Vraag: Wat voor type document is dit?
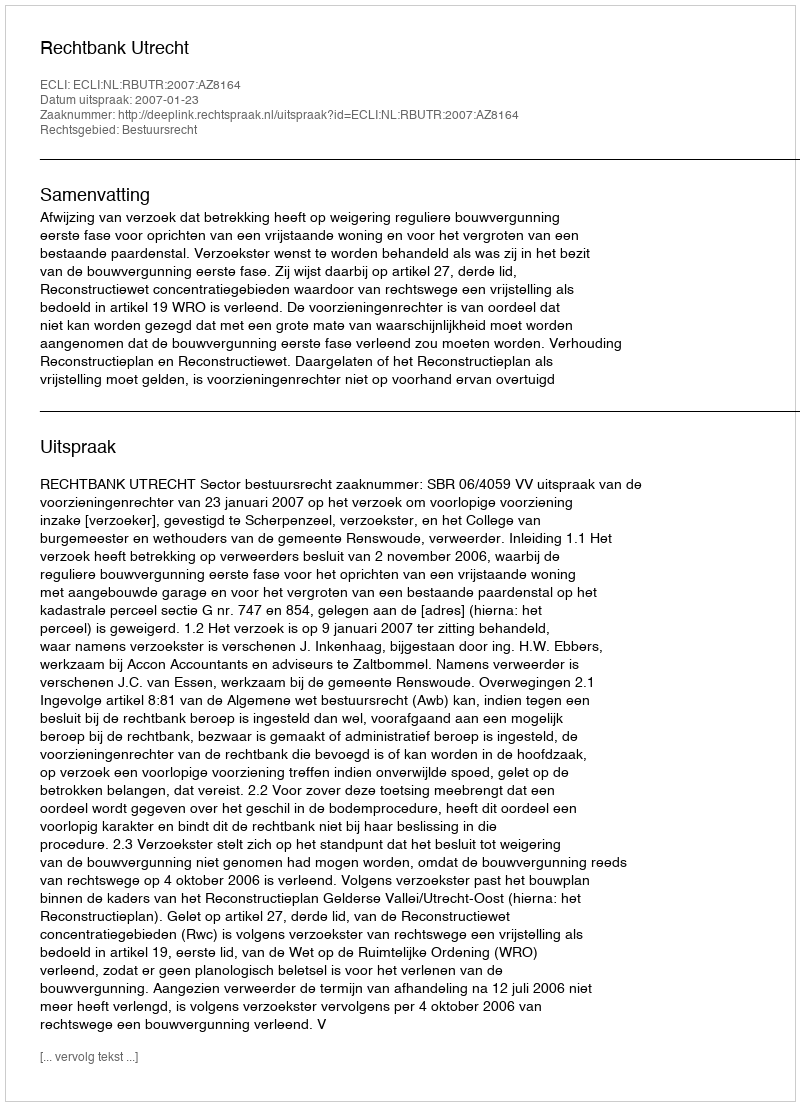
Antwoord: Uitspraak